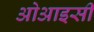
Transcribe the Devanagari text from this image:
ओआइसी